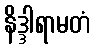
နိဒ္ဒါရာမတံ